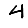
Digit: 4